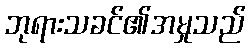
ဘုရားသခင်၏အမှုသည်